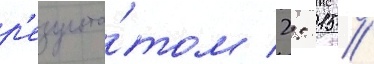
р'езульта́том 2: 15 //